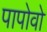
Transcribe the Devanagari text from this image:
पापोवो